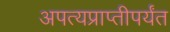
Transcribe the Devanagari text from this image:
अपत्यप्राप्तीपर्यंत